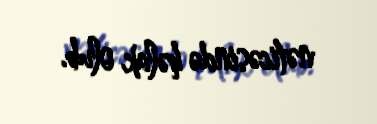
nəticəsində həlak olub.